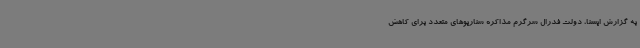
به گزارش ایسنا، دولت فدرال سرگرم مذاکره سناریوهای متعدد برای کاهش